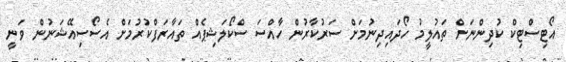
އޯޓިސްޓިކް ކުދިންނަށް ތައުލީމު ހޯދައިދިނުމަށް ސަރުކާރުން ހާއްސަ ސްކޯލަޝިޕެއް ތައާރަފްކުރުމަށް އެސޯސިއޭޝަނުން ވަނީ